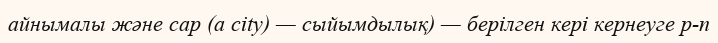
айнымалы және cap (a city) — сыйымдылық) — берілген кері кернеуге p-n